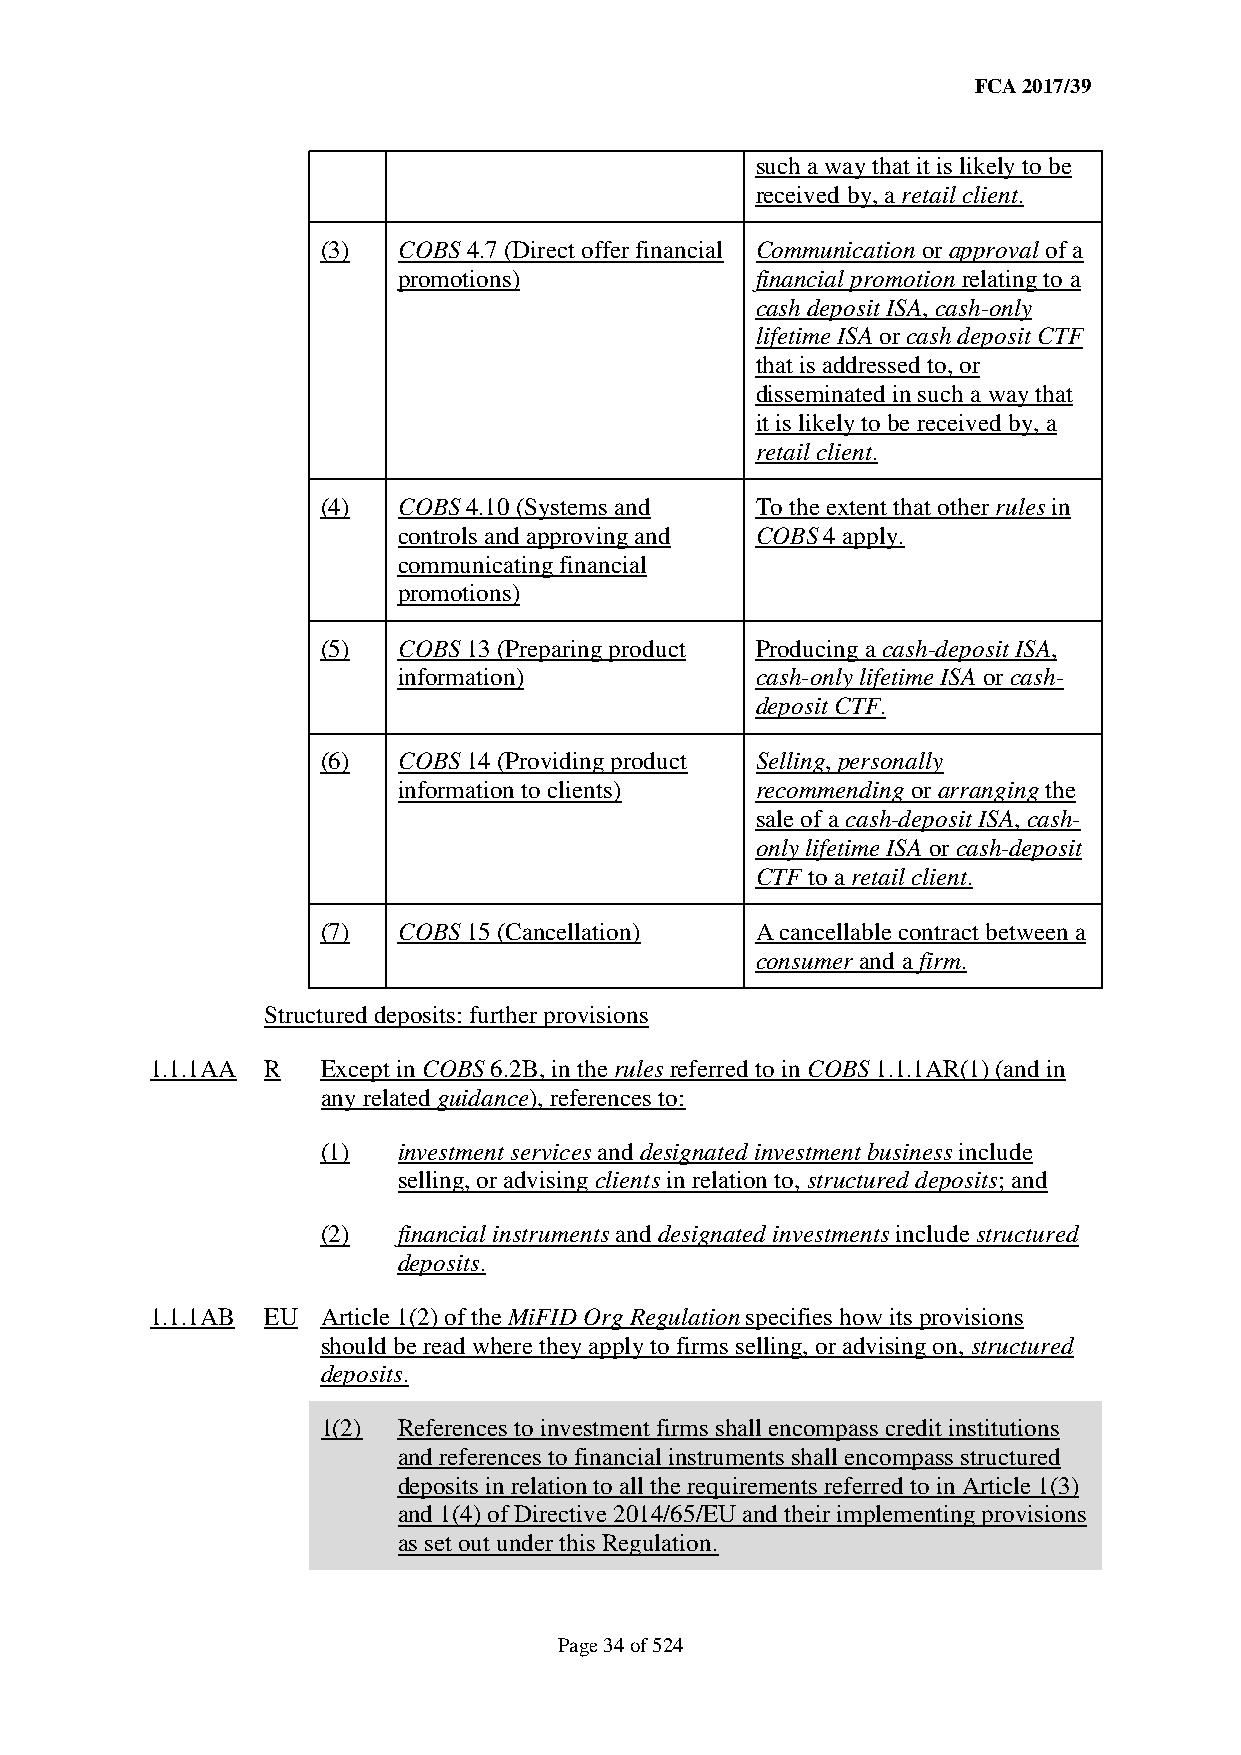
FCA 2017/39
 such a way that it is likely to be
 received by, a retail client.
 (3)  COBS 4.7 (Direct offer financial Communication or approval of a
 promotions)             financial promotion relating to a
 cash deposit ISA, cash-only
 lifetime ISA or cash deposit CTF
 that is addressed to, or
 disseminated in such a way that
 it is likely to be received by, a
 retail client.
 (4)  COBS 4.10 (Systems and  To the extent that other rules in
 controls and approving and COBS 4 apply.
 communicating financial
 promotions)
 (5)  COBS 13 (Preparing product Producing a cash-deposit ISA,
 information)            cash-only lifetime ISA or cash-
 deposit CTF.
 (6)  COBS 14 (Providing product Selling, personally
 information to clients) recommending or arranging the
 sale of a cash-deposit ISA, cash-
 only lifetime ISA or cash-deposit
 CTF to a retail client.
 (7)  COBS 15 (Cancellation)  A cancellable contract between a
 consumer and a firm.
 Structured deposits: further provisions
 1.1.1AA R  Except in COBS 6.2B, in the rules referred to in COBS 1.1.1AR(1) (and in
 any related guidance), references to:
 (1)  investment services and designated investment business include
 selling, or advising clients in relation to, structured deposits; and
 (2)  financial instruments and designated investments include structured
 deposits.
 1.1.1AB EU Article 1(2) of the MiFID Org Regulation specifies how its provisions
 should be read where they apply to firms selling, or advising on, structured
 deposits.
 1(2) References to investment firms shall encompass credit institutions
 and references to financial instruments shall encompass structured
 deposits in relation to all the requirements referred to in Article 1(3)
 and 1(4) of Directive 2014/65/EU and their implementing provisions
 as set out under this Regulation.
 Page 34 of 524